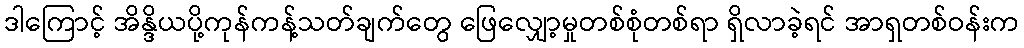
ဒါကြောင့် အိန္ဒိယပို့ကုန်ကန့်သတ်ချက်တွေ ဖြေလျှော့မှုတစ်စုံတစ်ရာ ရှိလာခဲ့ရင် အာရှတစ်ဝန်းက